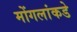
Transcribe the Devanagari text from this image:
मोंगलांकडे